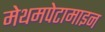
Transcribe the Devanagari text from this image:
मेथमपेटामाइन